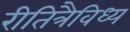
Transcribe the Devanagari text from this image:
रीतित्रैविध्य